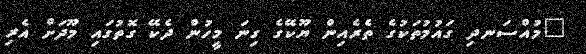
"މުއްސަނދި ގައުމުތަކުގެ ތެރެއިން ޔޫކޭގެ ގިނަ މީހުން ދެކޭ ގޮތުގައި މޫދަށް އެރި